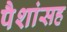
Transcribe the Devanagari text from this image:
पैशांसह